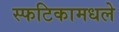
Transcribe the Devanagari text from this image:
स्फटिकामधले